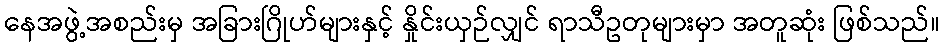
နေအဖွဲ့အစည်းမှ အခြားဂြိုဟ်များနှင့် နှိုင်းယှဉ်လျှင် ရာသီဥတုများမှာ အတူဆုံး ဖြစ်သည်။